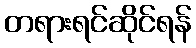
တရားရင်ဆိုင်ရန်